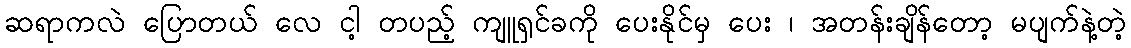
ဆရာကလဲ ပြောတယ် လေ ငါ့ တပည့် ကျူရှင်ခကို ပေးနိုင်မှ ပေး ၊ အတန်းချိန်တော့ မပျက်နဲ့တဲ့